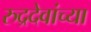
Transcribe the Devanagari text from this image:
रुद्रदेवांच्या